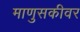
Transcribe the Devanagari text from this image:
माणुसकीवर